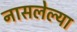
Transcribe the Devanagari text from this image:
नासलेल्या